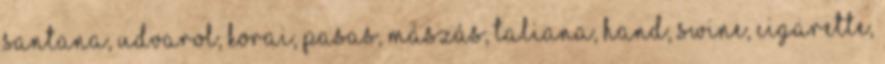
Santana, udvarol, Korai, pasas, mászás, Taliana, Hand, swine, cigarette,